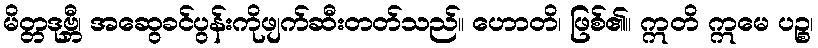
မိတ္တဒုဗ္ဘီ၊ အဆွေခင်ပွန်းကိုဖျက်ဆီးတတ်သည်။ ဟောတိ၊ ဖြစ်၏။ ဣတိ ဣမေ ပဉ္စ၊